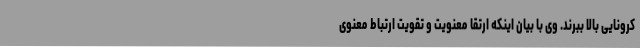
کرونایی بالا ببرند. وی با بیان اینکه ارتقا معنویت و تقویت ارتباط معنوی